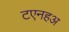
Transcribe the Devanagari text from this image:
टएनहअ